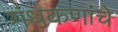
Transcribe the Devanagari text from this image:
गंधकणांचे